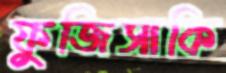
ফুজিসাকি